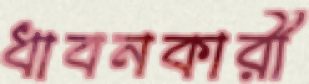
ধাবনকারী